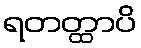
ရတတ္ထာပိ